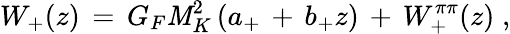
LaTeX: W_{+}(z)\, =\, G_{F}\mathit{M}_{K}^{2}\, (a_{+}\, +\, b_{+}z)\, +\, W_{+}^{\pi\pi}(z)\; ,